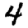
Digit: 4